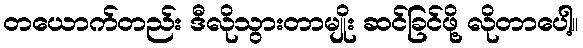
တယောက်တည်း ဒီလိုသွားတာမျိုး ဆင်ခြင်ဖို့ လိုတာပေါ့။